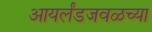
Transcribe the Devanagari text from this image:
आयर्लंडजवळच्या